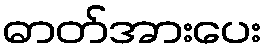
ဓာတ်အားပေး